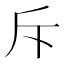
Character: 斥